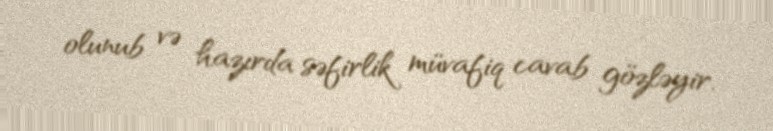
olunub və hazırda səfirlik müvafiq cavab gözləyir.